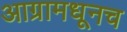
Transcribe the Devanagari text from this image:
आग्रामधूनच